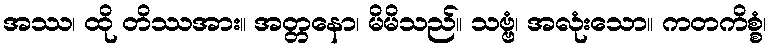
အဿ၊ ထို တိဿအား။ အတ္တနော၊ မိမိသည်။ သဗ္ဗံ၊ အလုံးသော။ ကတကိစ္စံ၊